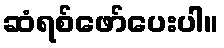
ဆံရစ်ဖော်ပေးပါ။